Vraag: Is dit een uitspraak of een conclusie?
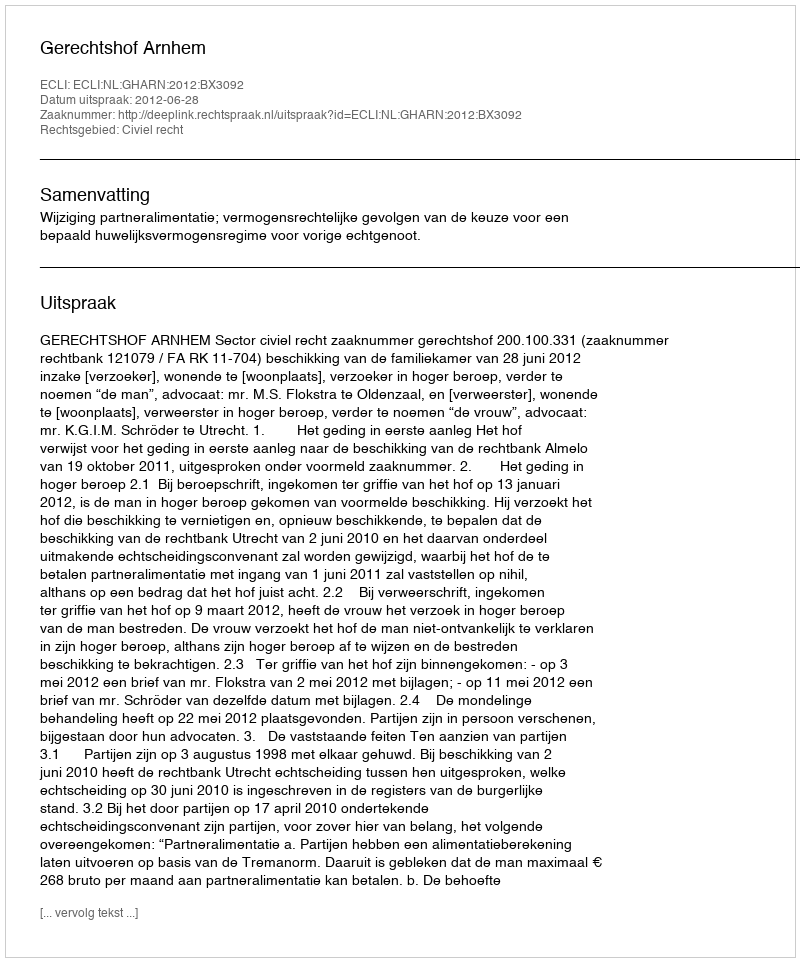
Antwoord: Uitspraak